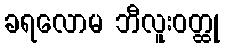
ခရလောမ ဘီလူးဝတ္ထု